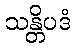
သန္တိပဒံ